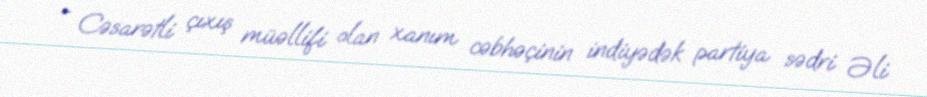
- Cəsarətli çıxış müəllifi olan xanım cəbhəçinin indiyədək partiya sədri Əli